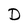
Character: D